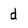
Character: d